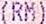
(RM)